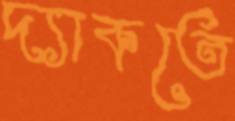
দ্যাকতে